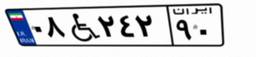
۰۸W۲۴۲۹۰